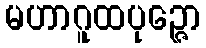
မဟာဂူထပုဉ္ဇော